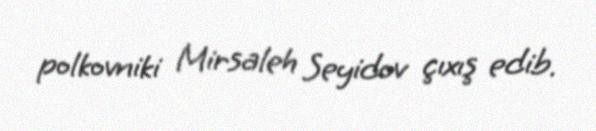
polkovniki Mirsaleh Seyidov çıxış edib.